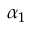
\alpha _ { 1 }